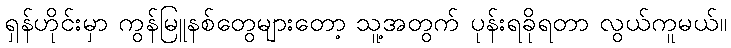
ရှန်ဟိုင်းမှာ ကွန်မြူနစ်တွေများတော့ သူ့အတွက် ပုန်းရခိုရတာ လွယ်ကူမယ်။